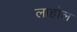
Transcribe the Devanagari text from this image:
लाहोल